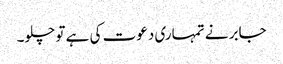
جابر نے تمہاری دعوت کی ہے تو چلو۔